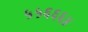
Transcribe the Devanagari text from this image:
५५६६६४